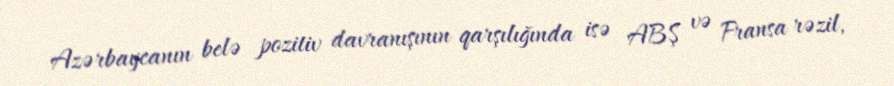
Azərbaycanın belə pozitiv davranışının qarşılığında isə ABŞ və Fransa rəzil,